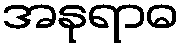
အနုရာဓ